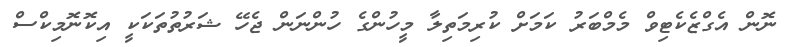
ނޮން އެގްޒެކެޓިވް މެމްބަރު ކަމަށް ކުރިމަތިލާ މީހުންގެ ހުންނަން ޖެހޭ ޝަރުތުތަކަކީ އިކޮނޮމިކްސް